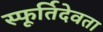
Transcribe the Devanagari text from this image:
स्फूर्तिदेवता